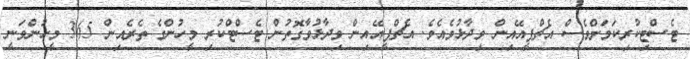
ޓެސްޓިކުރިކަމަށްވެސް އެޗްޕީއޭއިން ވިދާޅުވެއެވެ. އެޗްޕީއޭއިން ވިދާޅުވާގޮތުން ޓެސްޓްކުރި މީހުންގެ ތެރެއިން 365 މީހުންވަނީ